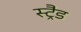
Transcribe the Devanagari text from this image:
स्ट्रैड